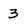
Character: 3